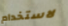
لاستخدام